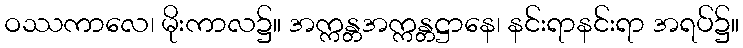
ဝဿကာလေ၊ မိုးကာလ၌။ အက္ကန္တအက္ကန္တဋ္ဌာနေ၊ နင်းရာနင်းရာ အရပ်၌။